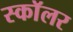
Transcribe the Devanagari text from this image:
स्काॅलर